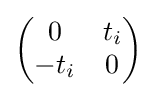
{\begin{pmatrix}0&t_{i}\\-t_{i}&0\end{pmatrix}}